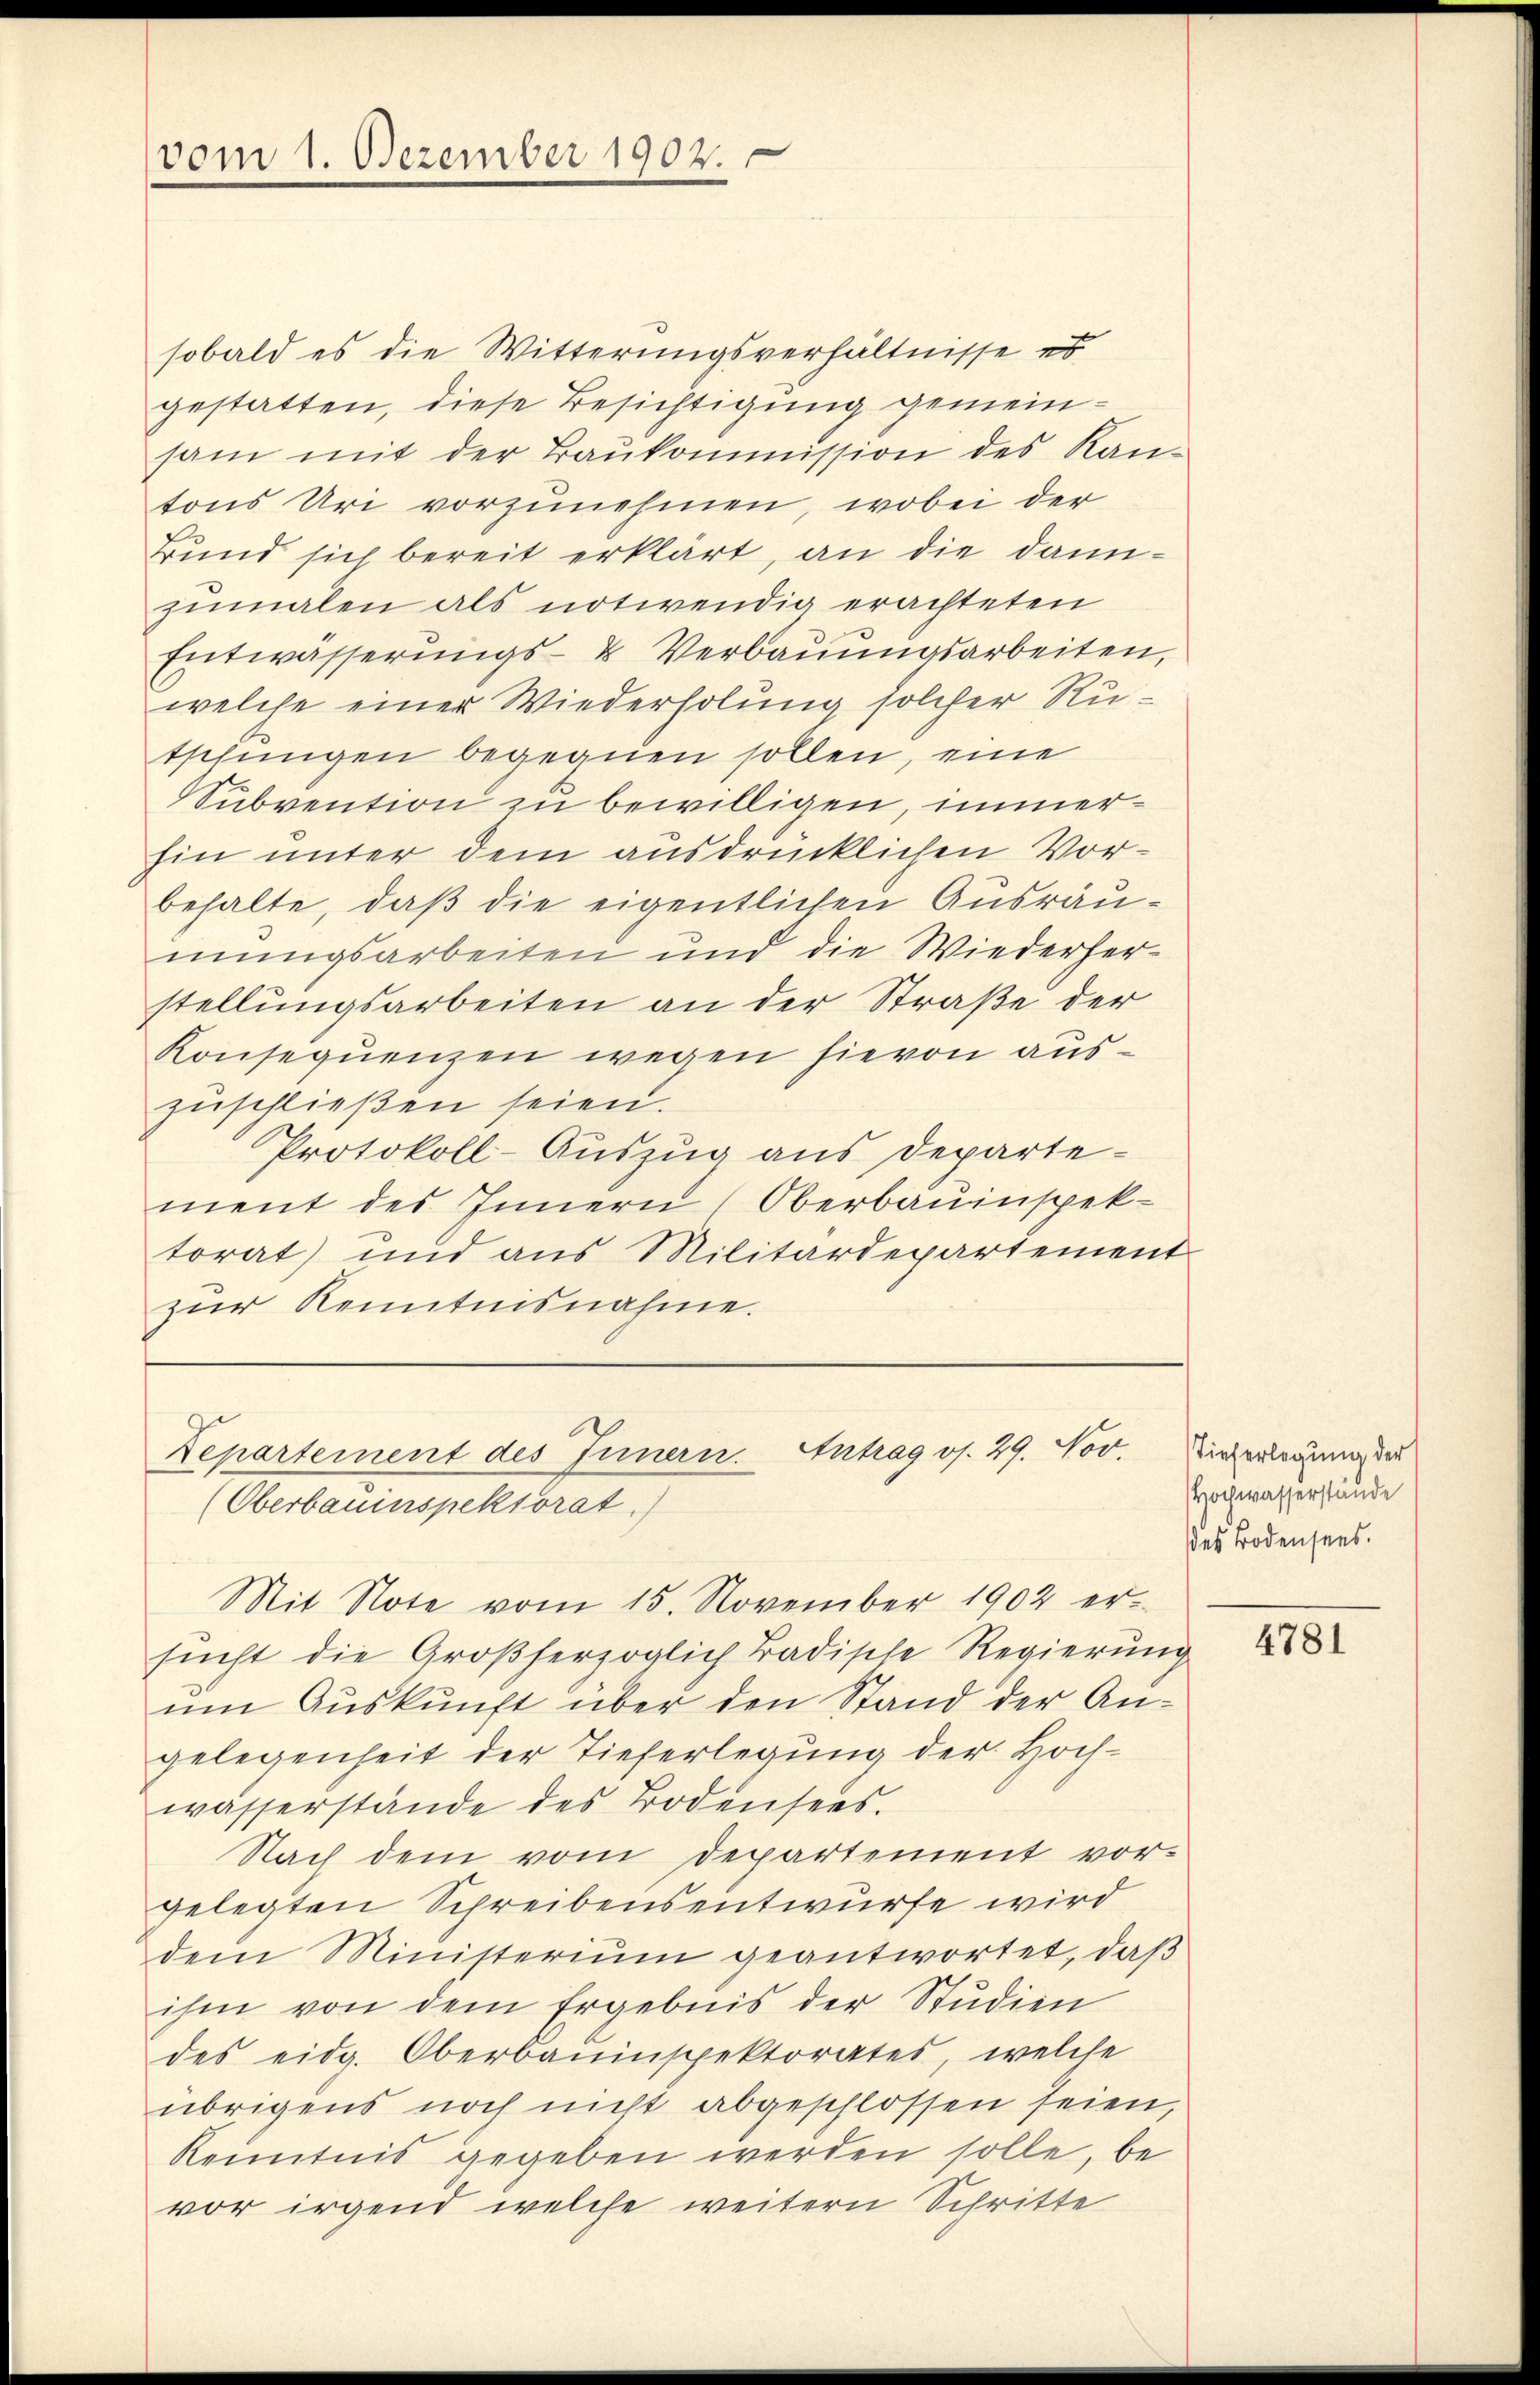
vom 1. Dezember 1907.

sobald es die Witterungsverhältnisse es
gestatten, diese Besichtigung gemeinsam mit der Baŭkommission des Kan-
tons Uri vorzunehmen, wobei der
Bund sich bereit erklärt, an die dannzumalen als notwendig erachteten
Entwässerŭngs- u Verbaŭŭngsarbeiten,
welche einer Wiederholung solcher Rutschungen begegnen sollen, eine
Subvention zu bewilligen, immerhin unter dem ausdrücklichen Vorbehalte, daß die eigentlichen Ausräumungsarbeiten und die Wiederherstellungsarbeiten an der Straße der
Konsequenzen wegen hievon auszŭschließen seien.
Protokoll-Auszug aus Departement des Innern Oberbauinspektorat) und aus Militärdepartement
zŭr Kenntnisnahme.

Departement des Innern. Antrag os. 29. Nov.
(Oberbauinspektorat)
Mit Note vom 15. November 1902 er-

sŭcht die Großherzoglich Badische Regierŭng
um Auskunft über den Stand der Angelegenheit der Tieferlegung der Hochwasserstände des Bodensees.
Nach dem vom Departement vorgelegten Schreibensentwurfe wird
dem Ministerium geantwortet, daß
ihm von dem Ergebnis der Studien
des eidg. Oberbauinspektorates, welche
übrigens noch nicht abgeschlossen seien,
Kenntnis gegeben werden solle, be-
vor irgend welche weitern Schritte

Tieferlegung der
Hochwasserstande
des Bodensees.

4781